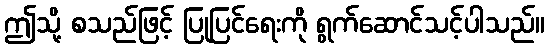
ဤသို့ စသည်ဖြင့် ပြုပြင်ရေးကို ရွက်ဆောင်သင့်ပါသည်။